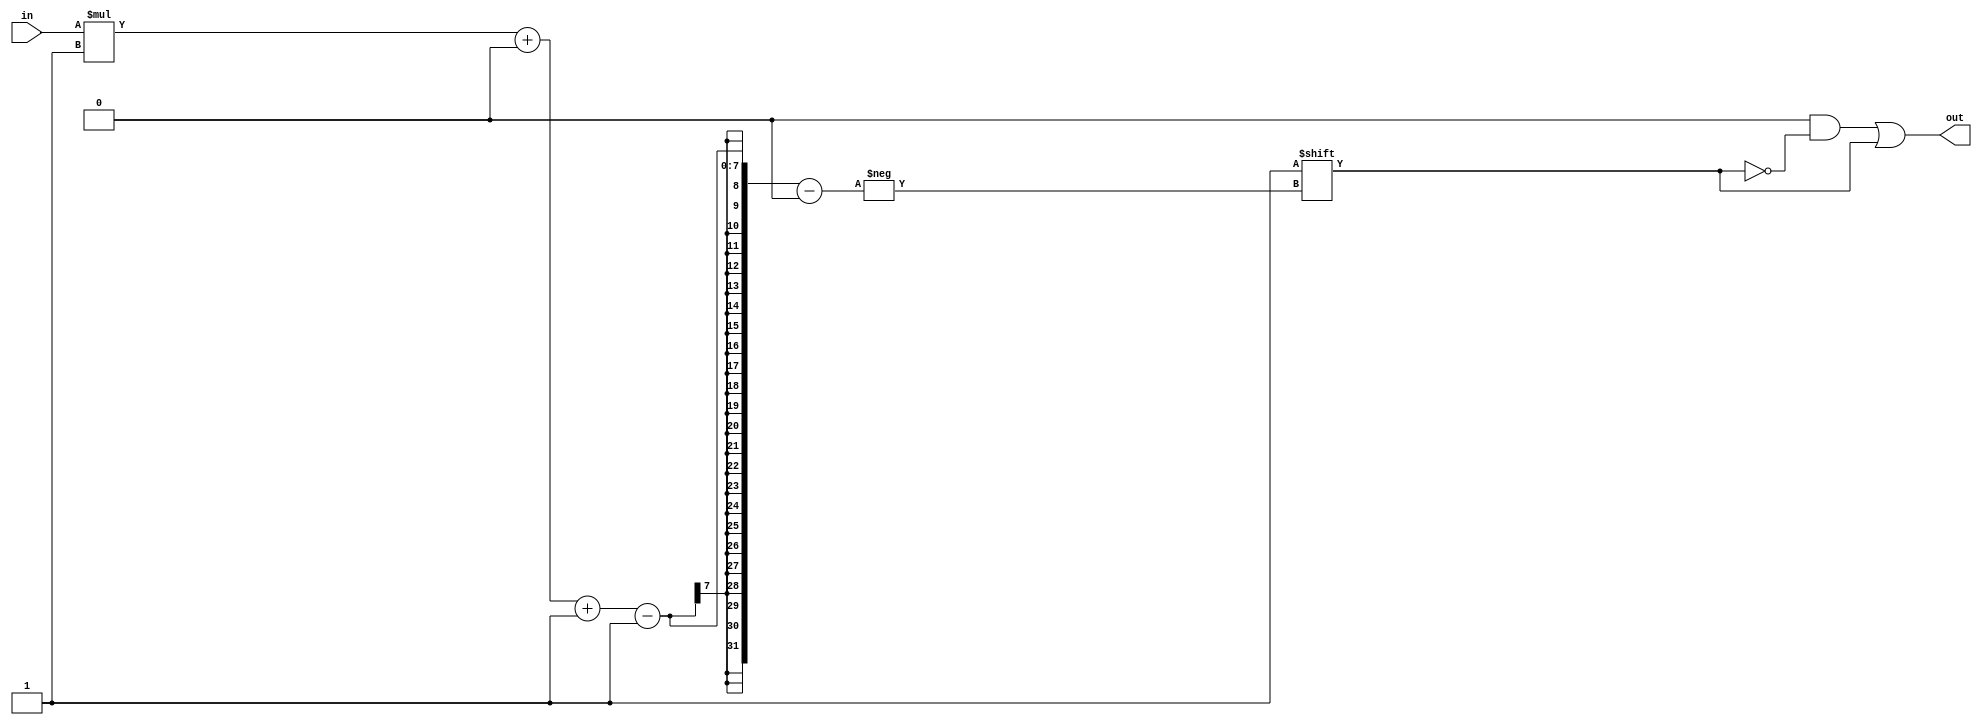
/*
   This file was generated automatically by the Mojo IDE version B1.3.5.
   Do not edit this file directly. Instead edit the original Lucid source.
   This is a temporary file and any changes made to it will be destroyed.
*/

/*
   Parameters:
     WIDTH = DIGIT_BITS
*/
module decoder_8 (
    input [3:0] in,
    output reg [15:0] out
  );
  
  localparam WIDTH = 3'h4;
  
  
  always @* begin
    out = 1'h0;
    out[(in)*1+0-:1] = 1'h1;
  end
endmodule